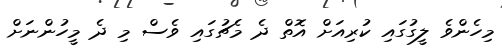
މިހެންވެ ލީގުގައި ކުރިއަށް އޮތް ދެ މެޗުގައި ވެސް މި ދެ މީހުންނަށް